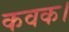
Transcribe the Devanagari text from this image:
कवक।